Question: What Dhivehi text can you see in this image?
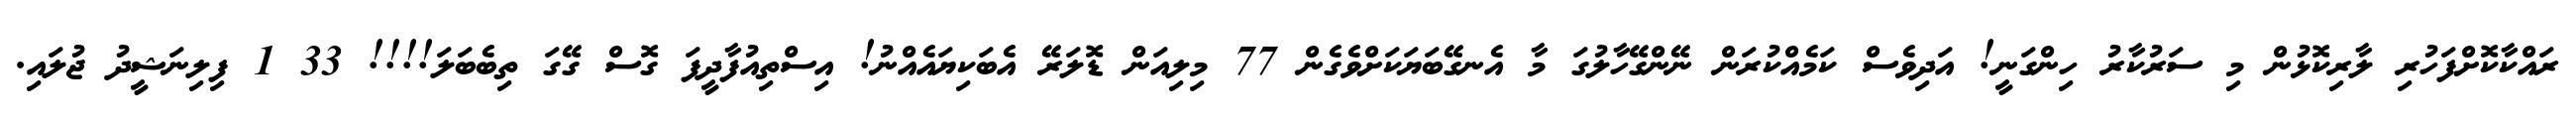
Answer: ރައްކާކޮށްފަހުރި ލާރިކޮޅުން މި ސަރުކާރު ހިންގަނީ! އަދިވެސް ކަމެއްކުރަން ނޭންގޭހާލުގަ މާ އެނގޭބަޔަކަށްވެގެން 77 މިލިއަން ޑޮލަރޭ އެބަކިޔައެއްނު! އިސްތިއުފާދީފަ ގޮސް ގޭގަ ތިބެބަލަ!!!! 33 1 ފިލިނަޝީދު ޖުލައި.